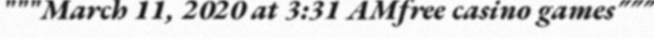
"""March 11, 2020 at 3:31 AMfree casino games"""